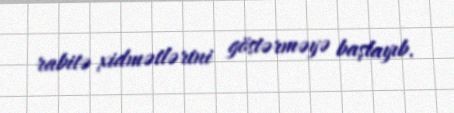
rabitə xidmətlərini göstərməyə başlayıb.